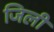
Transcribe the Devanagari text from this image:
जिली